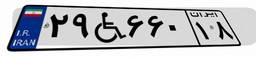
۲۹W۶۶۰۱۸